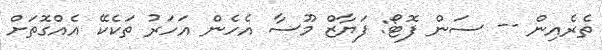
ތެރެއިން -- ސަން ފޮޓޯ: ފަޔާޒް މޫސާ އެހެން އަހަރު ތަކެކޭ އެއްގޮތަށް